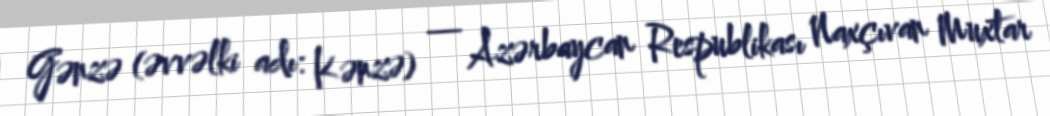
Gənzə (əvvəlki adı: Kənzə) — Azərbaycan Respublikası Naxçıvan Muxtar